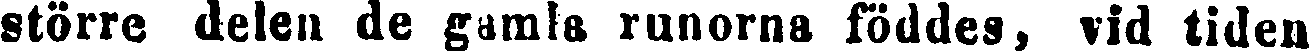
större delen de gamla runorna föddes, vid tiden